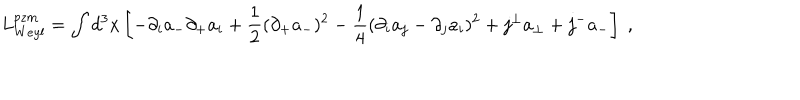
L _ { W e y l } ^ { p z m } = \int d ^ { 3 } { x } \left[ - \partial _ { i } a _ { - } \partial _ { + } a _ { i } + \frac 1 2 ( \partial _ { + } a _ { - } ) ^ { 2 } - \frac 1 4 ( \partial _ { i } a _ { j } - \partial _ { j } a _ { i } ) ^ { 2 } + j ^ { \perp } a _ { \perp } + j ^ { - } a _ { - } \right] \; ,